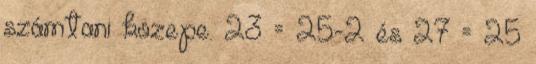
számtani közepe. 23 = 25-2 és 27 = 25